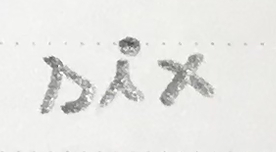
six